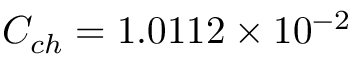
C _ { c h } = 1 . 0 1 1 2 \times 1 0 ^ { - 2 }